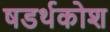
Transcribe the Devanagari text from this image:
षडर्थकोश